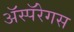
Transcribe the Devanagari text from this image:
ॲस्पॅरेगस